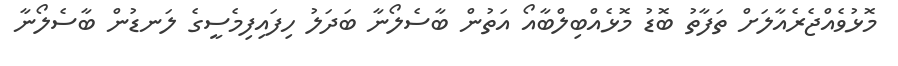
މޮޅުވެއްޖެރެއާލަށް ތަފާތު ބޮޑު މޮޅެއްބިލްބާއޯ އަތުން ބާސެލޯނާ ބަދަލު ހިފައިފިމެސީގެ ލަނޑުން ބާސެލޯނާ